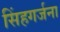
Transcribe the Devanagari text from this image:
सिंहगर्जना